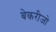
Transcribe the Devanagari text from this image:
बेकरीजो